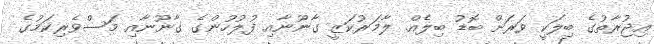
އިޖުރާތުގެ ބިލަކީ ވަރަށް ބޮޑު ބިލެއް. ލާމަރުކަޒީ ގާނޫނާއި ފުލުހުންގެ ގާނޫނާއި މަސްވެރިކަމުގެ